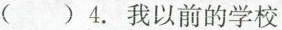
( ) 4.我以前的学校